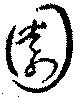
園